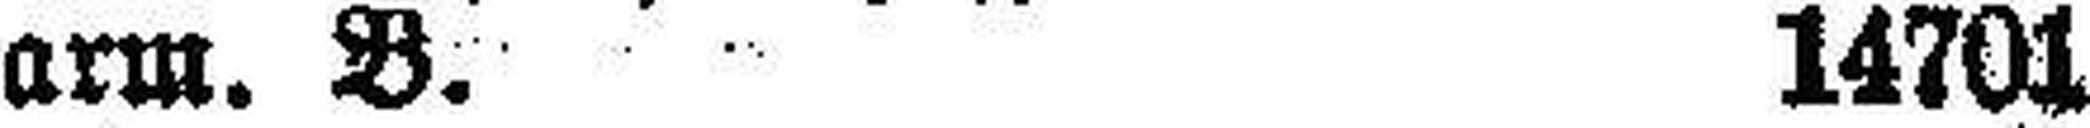
arm. B. 14701